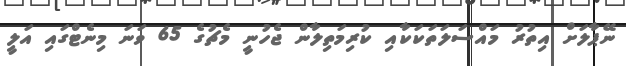
ނޭޕާލަށް އިތުރު މައްސަލަތަކަކާއި ކުރިމަތިލާން ޖެހުނީ މެޗުގެ 65 ވަނަ މިނެޓްގައި އަލީ